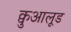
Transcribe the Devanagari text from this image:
क्वुआलूड